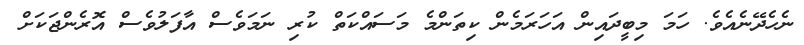
ނެހެދޭނެއެވެ. ހަމަ މިބީދައިން އަހަރަމެން ކިތަންމެ މަސައްކަތް ކުރި ނަމަވެސް އާފަލުވެސް އޮރެންޖަކަށް